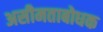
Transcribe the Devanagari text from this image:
असीमताबोधक